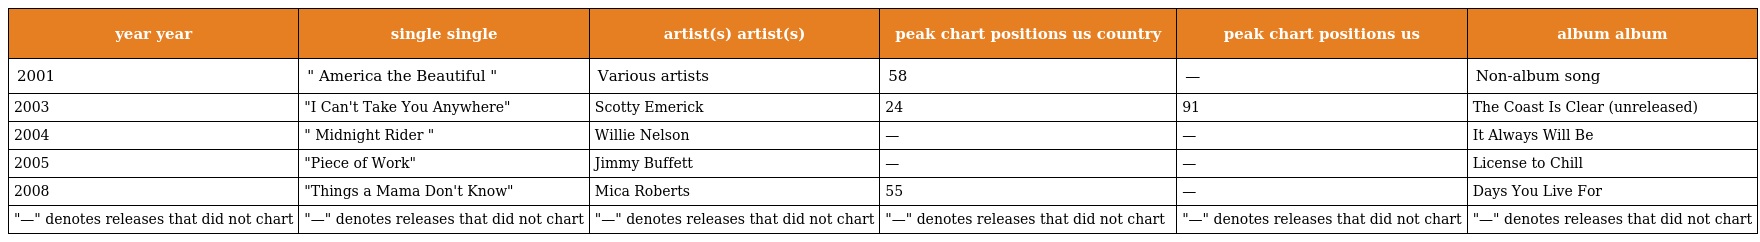
| year year | single single | artist(s) artist(s) | peak chart positions us country | peak chart positions us | album album |
 | --- | --- | --- | --- | --- | --- |
 | 2001 | " America the Beautiful " | Various artists | 58 | — | Non-album song |
 | 2003 | "I Can't Take You Anywhere" | Scotty Emerick | 24 | 91 | The Coast Is Clear (unreleased) |
 | 2004 | " Midnight Rider " | Willie Nelson | — | — | It Always Will Be |
 | 2005 | "Piece of Work" | Jimmy Buffett | — | — | License to Chill |
 | 2008 | "Things a Mama Don't Know" | Mica Roberts | 55 | — | Days You Live For |
 | "—" denotes releases that did not chart | "—" denotes releases that did not chart | "—" denotes releases that did not chart | "—" denotes releases that did not chart | "—" denotes releases that did not chart | "—" denotes releases that did not chart |